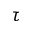
\tau